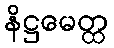
နိဋ္ဌမေတ္ထ